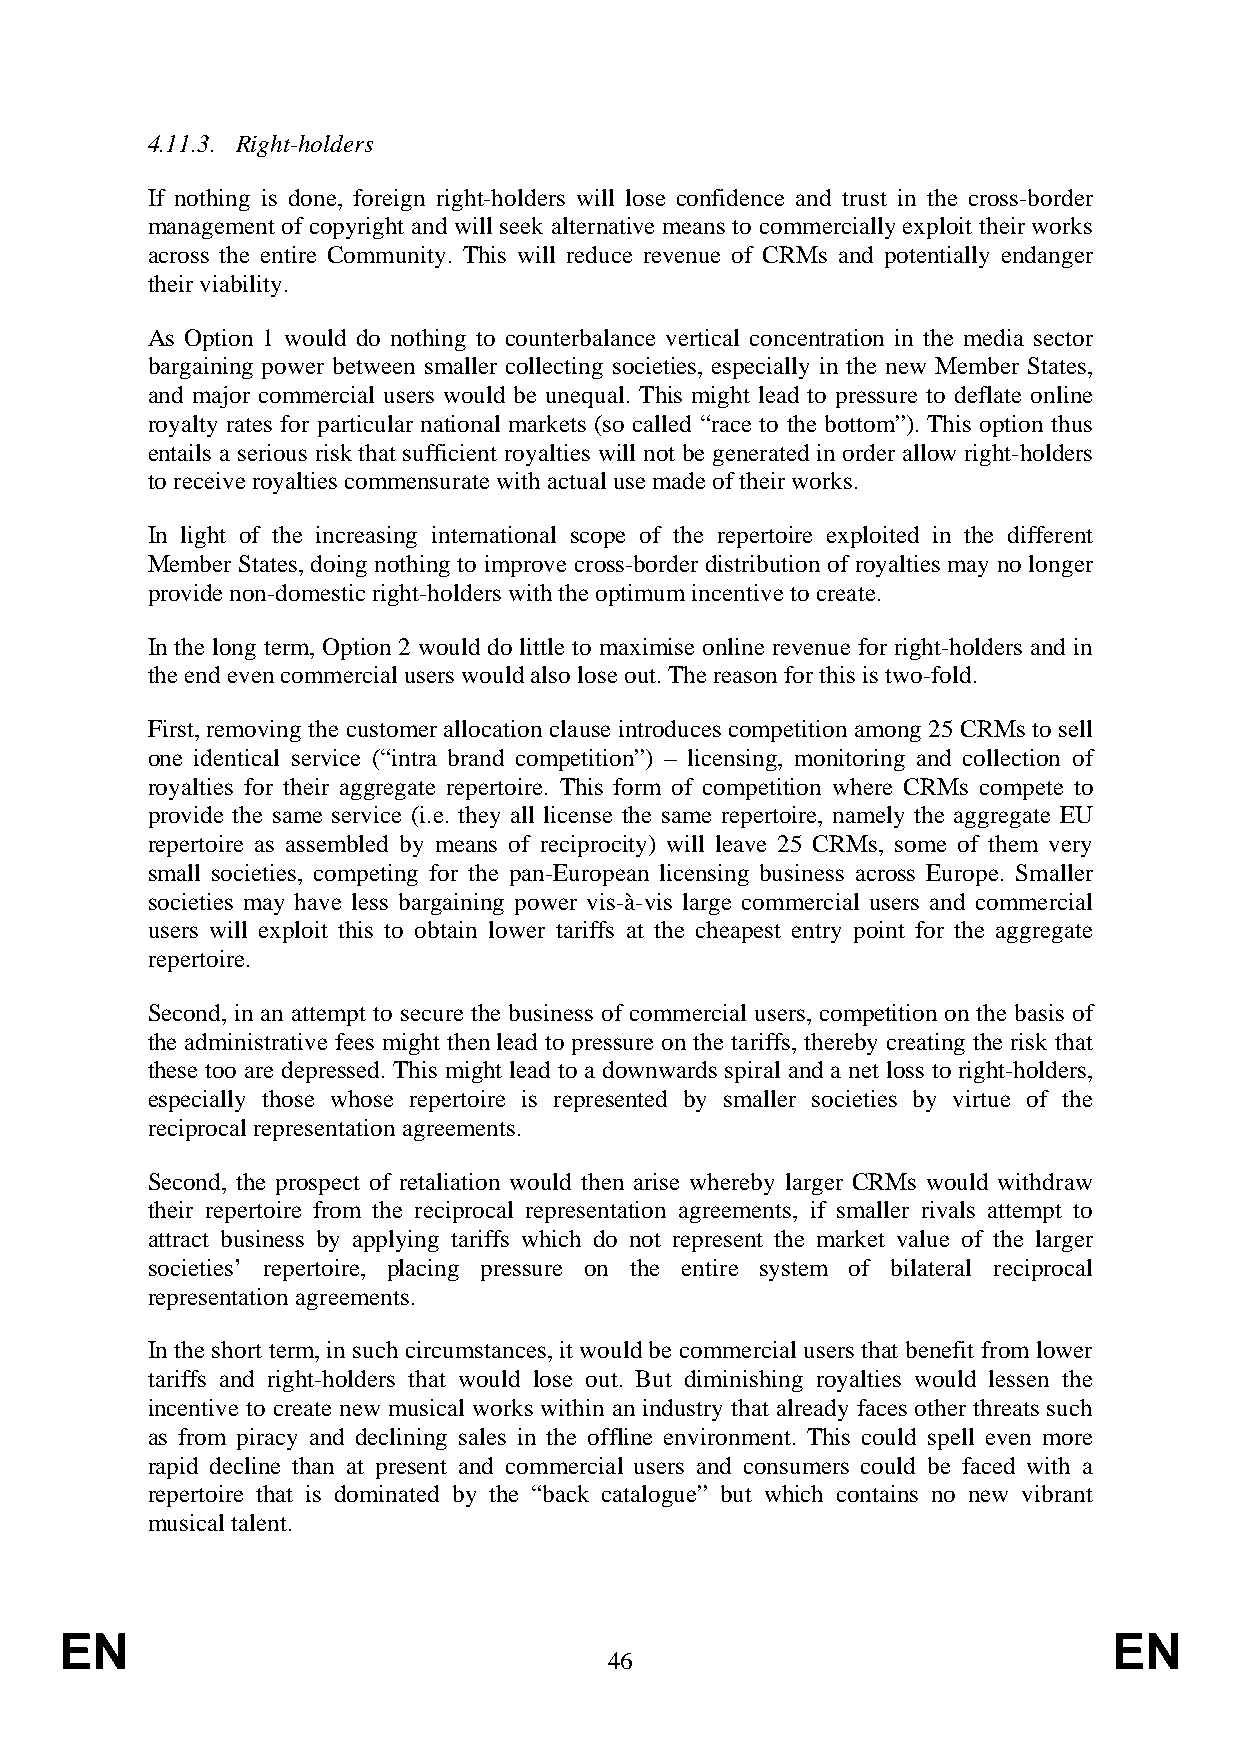
4.11.3. Right-holders
 If nothing is done, foreign right-holders will lose confidence and trust in the cross-border
 management of copyright and will seek alternative means to commercially exploit their works
 across the entire Community. This will reduce revenue of CRMs and potentially endanger
 their viability.
 As Option 1 would do nothing to counterbalance vertical concentration in the media sector
 bargaining power between smaller collecting societies, especially in the new Member States,
 and major commercial users would be unequal. This might lead to pressure to deflate online
 royalty rates for particular national markets (so called “race to the bottom”). This option thus
 entails a serious risk that sufficient royalties will not be generated in order allow right-holders
 to receive royalties commensurate with actual use made of their works.
 In light of the increasing international scope of the repertoire exploited in the different
 Member States, doing nothing to improve cross-border distribution of royalties may no longer
 provide non-domestic right-holders with the optimum incentive to create.
 In the long term, Option 2 would do little to maximise online revenue for right-holders and in
 the end even commercial users would also lose out. The reason for this is two-fold.
 First, removing the customer allocation clause introduces competition among 25 CRMs to sell
 one identical service (“intra brand competition”) – licensing, monitoring and collection of
 royalties for their aggregate repertoire. This form of competition where CRMs compete to
 provide the same service (i.e. they all license the same repertoire, namely the aggregate EU
 repertoire as assembled by means of reciprocity) will leave 25 CRMs, some of them very
 small societies, competing for the pan-European licensing business across Europe. Smaller
 societies may have less bargaining power vis-à-vis large commercial users and commercial
 users will exploit this to obtain lower tariffs at the cheapest entry point for the aggregate
 repertoire.
 Second, in an attempt to secure the business of commercial users, competition on the basis of
 the administrative fees might then lead to pressure on the tariffs, thereby creating the risk that
 these too are depressed. This might lead to a downwards spiral and a net loss to right-holders,
 especially those whose repertoire is represented by smaller societies by virtue of the
 reciprocal representation agreements.
 Second, the prospect of retaliation would then arise whereby larger CRMs would withdraw
 their repertoire from the reciprocal representation agreements, if smaller rivals attempt to
 attract business by applying tariffs which do not represent the market value of the larger
 societies’ repertoire, placing pressure on the entire system of bilateral reciprocal
 representation agreements.
 In the short term, in such circumstances, it would be commercial users that benefit from lower
 tariffs and right-holders that would lose out. But diminishing royalties would lessen the
 incentive to create new musical works within an industry that already faces other threats such
 as from piracy and declining sales in the offline environment. This could spell even more
 rapid decline than at present and commercial users and consumers could be faced with a
 repertoire that is dominated by the “back catalogue” but which contains no new vibrant
 musical talent.
 EN                                                                    EN
 46